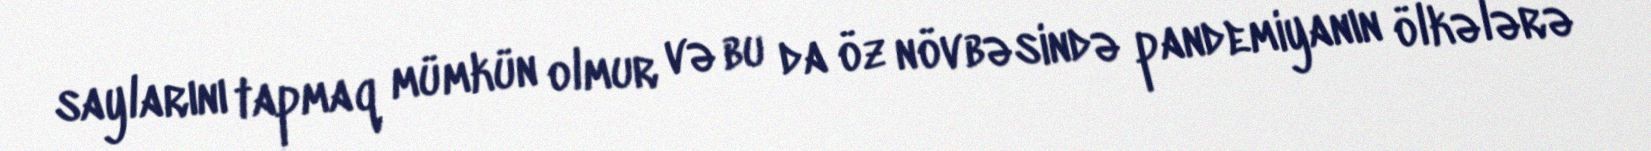
saylarını tapmaq mümkün olmur və bu da öz növbəsində pandemiyanın ölkələrə